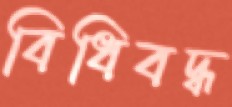
বিধিবদ্ধ